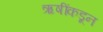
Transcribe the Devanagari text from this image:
ऋषींकडून